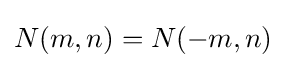
N(m,n)=N(-m,n)